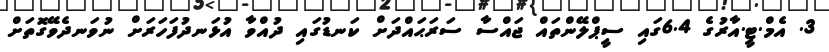
3. އެމް.ޓީ.އާރުގެ 6.4ގައި ސީޕްލޭންތައް ޖައްސާ ސަރަޙައްދަށް ކަނޑުގައި ދުއްވާ އުޅަނދުފަހަރަށް ނުވަނދެވޭގޮތަށް